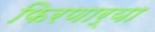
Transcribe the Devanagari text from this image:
फिरणार्या